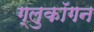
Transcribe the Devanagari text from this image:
ग्लुकॉगन